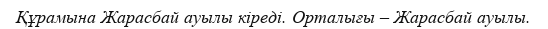
Құрамына Жарасбай ауылы кіреді. Орталығы – Жарасбай ауылы.